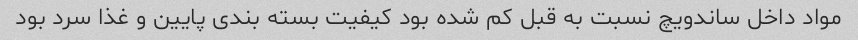
مواد داخل ساندویچ نسبت به قبل کم شده بود کیفیت بسته بندی پایین و غذا سرد بود